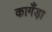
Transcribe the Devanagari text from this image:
कागँड़ा